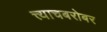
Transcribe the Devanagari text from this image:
त्त्याचबरोबर